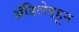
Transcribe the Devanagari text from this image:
ॲडिलेडहून